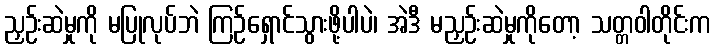
ညှဉ်းဆဲမှုကို မပြုလုပ်ဘဲ ကြဉ်ရှောင်သွားဖို့ပါပဲ၊ အဲဒီ မညှဉ်းဆဲမှုကိုတော့ သတ္တဝါတိုင်းက